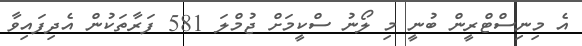
އެ މިނިސްޓްރީން ބުނީ މި ލޯނު ސްކީމަށް ޖުމްލަ 581 ފަރާތަކުން އެދިފައިވާ